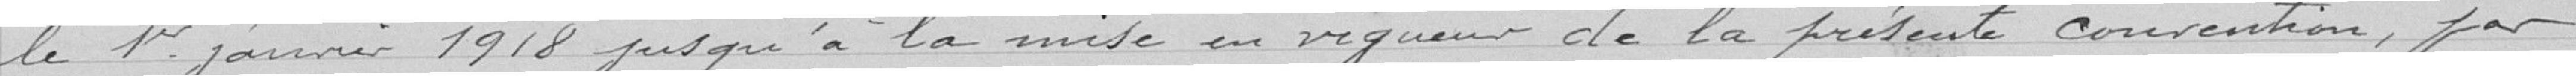
le 1er janvier 1918 jusqu'à la mise en vigueur de la présente convention, par